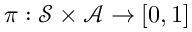
\pi : \mathcal { S \times A } \to [ 0 , 1 ]